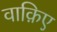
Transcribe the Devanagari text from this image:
वाक़िए